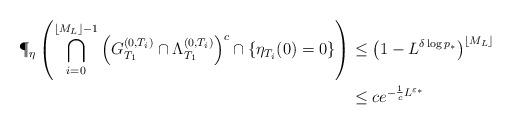
LaTeX: \begin{align*}\P_\eta \left( \bigcap_{i=0}^{\lfloor M_L \rfloor - 1 } \left(G^{(0,T_i)}_{T_1} \cap \Lambda^{(0,T_i)}_{T_1} \right)^c \cap \{\eta_{T_i}(0) = 0\} \right)& \le \left(1-L^{\delta \log p_{*}}\right)^{\lfloor M_L \rfloor}\\& \le c e^{- \frac{1}{c} L^{\varepsilon_*}}\end{align*}